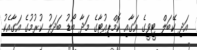
އަދި ކޭބަލް ޓީވީގެ އަގާއި ކޮމްޕިއުޓާގެ މަދާ ބޯޑު ބަަދަލު ކުރުމުގެ އަގާއެކު